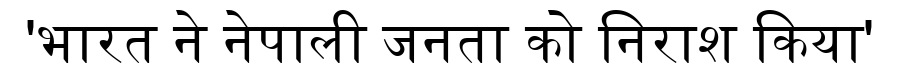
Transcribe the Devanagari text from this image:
'भारत ने नेपाली जनता को निराश किया'